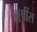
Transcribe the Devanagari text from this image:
ॠषींस